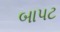
બાપટ